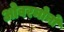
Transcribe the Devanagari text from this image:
ओवरमोनों